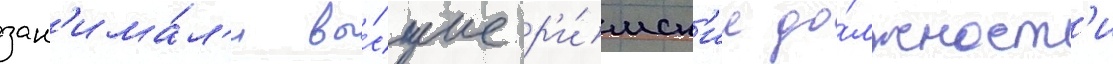
зан'има́л'и вы́сшие р'и́мск'ие до́лжност'и